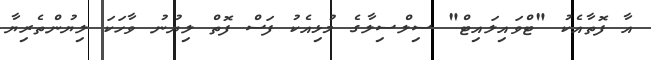
އާ ފޮތާއެކު "ޓްވައިލައިޓް" ސިލްސިލާގެ މުޅިއެކު ފަސް ފޮތް ލިޔުނު ވާހަކަ ލިޔުންތެރިޔާ